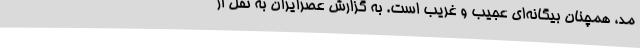
مُد، همچنان بیگانه‌ای عجیب و غریب است. به گزارش عصرایران به نقل از